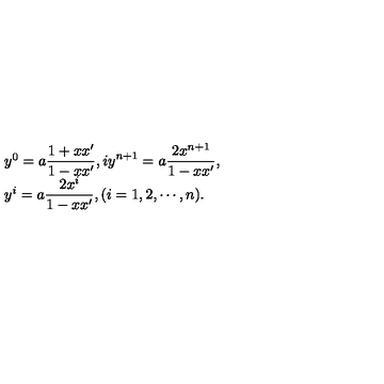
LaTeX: \begin{array} { l } { y ^ { 0 } = \displaystyle a \frac { 1 + x x ^ { \prime } } { 1 - x x ^ { \prime } } , i y ^ { n + 1 } = a \frac { 2 x ^ { n + 1 } } { 1 - x x ^ { \prime } } , } \\ { y ^ { i } = a \displaystyle \frac { 2 x ^ { i } } { 1 - x x ^ { \prime } } , ( i = 1 , 2 , \cdots , n ) . } \\ \end{array}